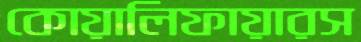
কোয়ালিফায়ারস